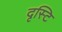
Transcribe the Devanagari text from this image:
दृस्टि